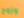
وزوج